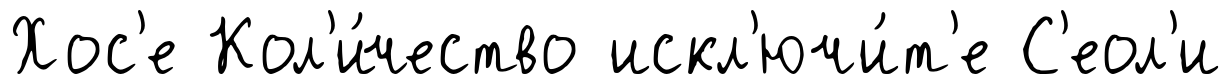
Хос'е Кол'и́чество искл'ючи́т'е С'еол'и